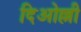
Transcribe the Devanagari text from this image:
दिओल्ली